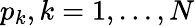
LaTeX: p_{k},k=1,\ldots,N